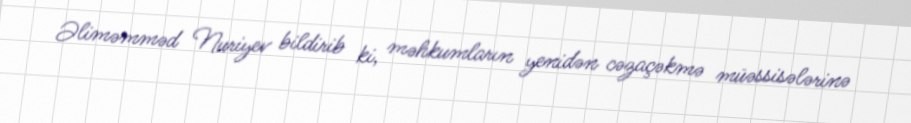
Əliməmməd Nuriyev bildirib ki, məhkumların yenidən cəzaçəkmə müəssisələrinə